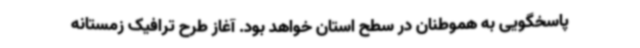
پاسخگویی به هموطنان در سطح استان خواهد بود. آغاز طرح ترافیک زمستانه